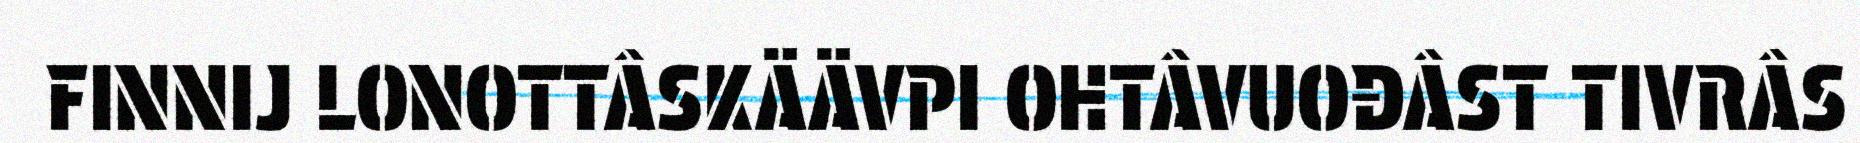
FINNIJ LONOTTÂSKÄÄVPI OHTÂVUOĐÂST TIVRÂS